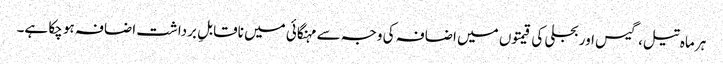
ہر ماہ تیل، گیس اور بجلی کی قیمتوں میں اضافہ کی وجہ سے مہنگائی میں ناقابلِ برداشت اضافہ ہو چکا ہے۔